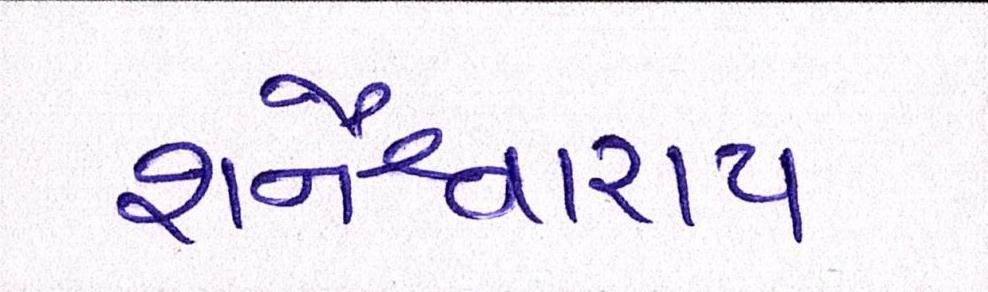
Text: શનૈશ્ચરાય